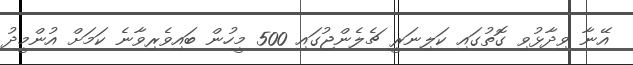
އޭނާ ވިދާޅުވި ގޮތުގައި ކަލިނަރީ ޗެލެންޖުގައި 500 މީހުން ބައިވެރިވާނެ ކަމަށް އުންމީދު